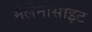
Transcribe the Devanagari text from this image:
मेलेनोसाइट